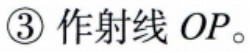
\textcircled{3} 作射线 \(OP\)。